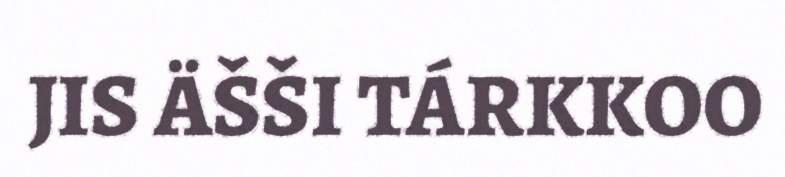
JIS ÄŠŠI TÁRKKOO